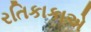
રતિકાકાએ